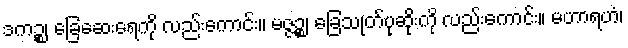
ဒကဉ္စ၊ ခြေဆေးရေကို လည်းကောင်း။ မဇ္ဇဉ္စ၊ ခြေသုတ်ပုဆိုးကို လည်းကောင်း။ မဟာရဟံ၊